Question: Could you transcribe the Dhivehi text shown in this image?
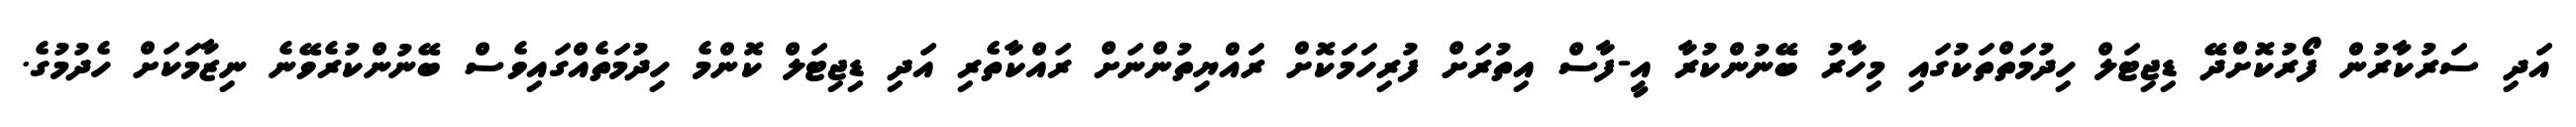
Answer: އަދި ސަރުކާރުން ފޯރުކޮށްދޭ ޑިޖިޓަލް ހިދުމަތްތަކުގައި މިހާރު ބޭނުންކުރާ އީ-ފާސް އިތުރަށް ފުރިހަމަކޮށް ރައްޔިތުންނަށް ރައްކާތެރި އަދި ޑިޖިޓަލް ކޮންމެ ހިދުމަތެއްގައިވެސް ބޭނުންކުރެވޭނެ ނިޒާމަކަށް ހެދުމުގެ.